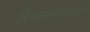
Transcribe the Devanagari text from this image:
निधनानंतरच